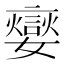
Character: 𡣹